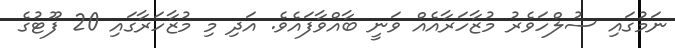
ނަމުގައި ސުލްހަވެރު މުޒާހަރާއެއް ވަނީ ބާއްވާފައެވެ. އަދި މި މުޒާހަރާގައި 20 ފޫޓުގެ